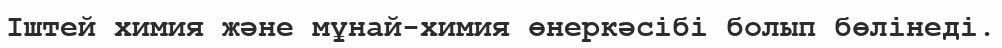
Іштей химия және мұнай-химия өнеркәсібі болып бөлінеді.